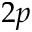
2 p